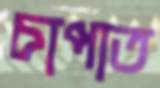
চাপাত